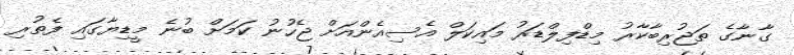
ގާނާގެ ތަޖުރިބާކާރު މިޑްފިލްޑަރު މައިކަލް އެސިއެންއަށް ޖެހުނު ކަމަށް ބުނެ މީޑިޔާގައި ފެތުރި